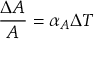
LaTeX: { \frac { \Delta A } { A } } = \alpha _ { A } \Delta T